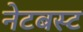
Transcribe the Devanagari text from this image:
नेटबस्ट